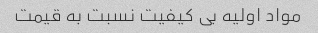
مواد اولیه بی کیفیت نسبت به قیمت